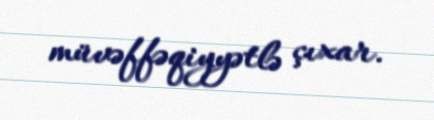
müvəffəqiyyətlə çıxar.